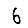
Digit: 6